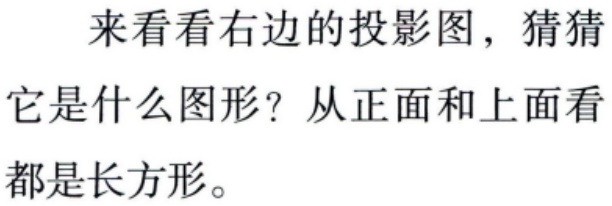
来看看右边的投影图，猜猜
它是什么图形？从正面和上面看
都是长方形。